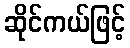
ဆိုင်ကယ်ဖြင့်